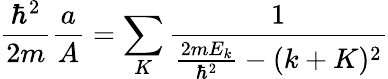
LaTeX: {\frac{\hbar^{2}}{2m}}{\frac{a}{A}}=\sum_{K}{\frac{1}{{\frac{2mE_{k}}{\hbar^{2}}}-(k+K)^{2}}}